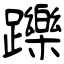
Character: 躒